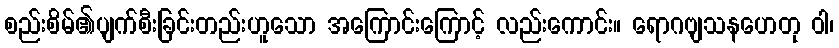
စည်းစိမ်၏ပျက်စီးခြင်းတည်းဟူသော အကြောင်းကြောင့် လည်းကောင်း။ ရောဂဗျသနဟေတု ဝါ၊